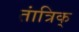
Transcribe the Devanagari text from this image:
तांत्रिक्